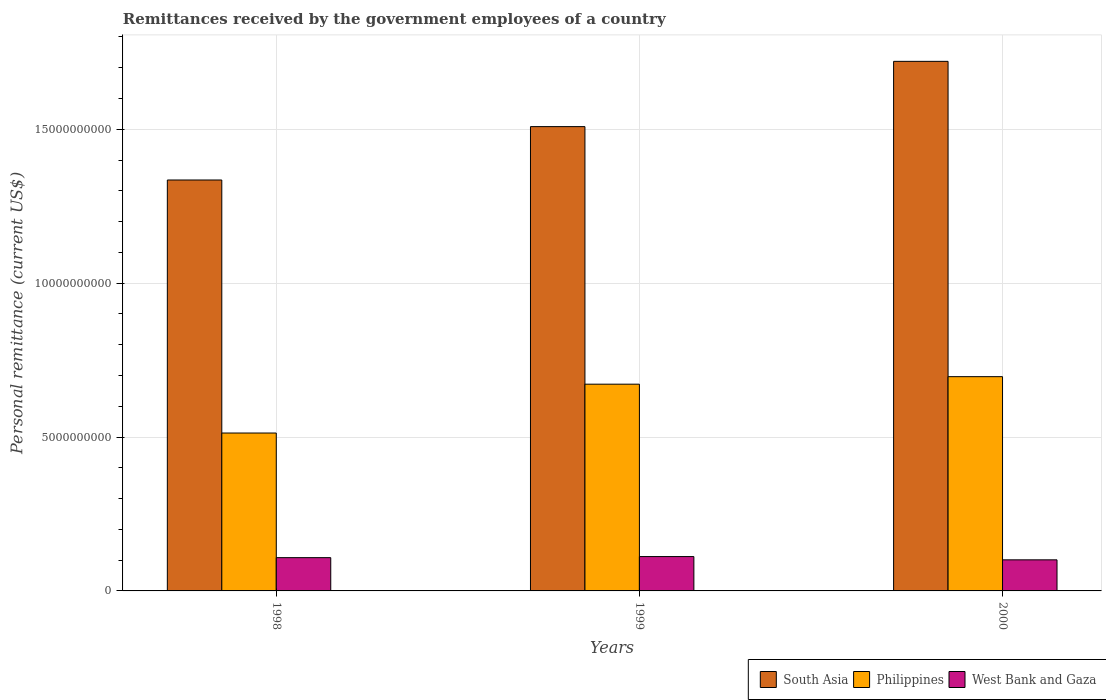
| Years | South Asia | Philippines | West Bank and Gaza |
 | --- | --- | --- | --- |
 | 1998 | 1.34e+10 | 5.13e+09 | 1.08e+09 |
 | 1999 | 1.51e+10 | 6.72e+09 | 1.12e+09 |
 | 2000 | 1.72e+10 | 6.96e+09 | 1.01e+09 |